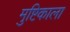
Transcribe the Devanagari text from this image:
मुष्टिकाला